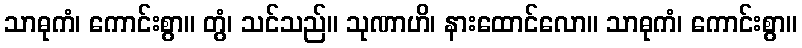
သာဓုကံ၊ ကောင်းစွာ။ တွံ၊ သင်သည်။ သုဏာဟိ၊ နားထောင်လော။ သာဓုကံ၊ ကောင်းစွာ။